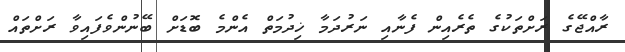
ރާއްޖޭގެ ރަށްތަކުގެ ތެރެއިން ފެނާއި ނަރުދަމާ ޚިދުމަތް އެންމެ ބޮޑަށް ބޭނުންވެފައިވާ ރަށްތައް